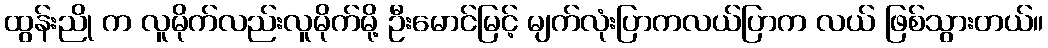
ထွန်းညို က လူမိုက်လည်းလူမိုက်မို့ ဦးမောင်မြင့် မျက်လုံးပြာကလယ်ပြာက လယ် ဖြစ်သွားတယ်။